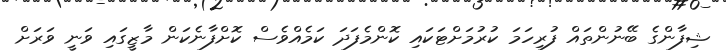
ޝިފާންގެ ބޭނުންތައް ފުރިހަމަ ކުރުމަށްޓަކައި ކޮންމެފަދަ ކަމެއްވެސް ކޮށްފާނެކަން މާޒީގައި ވަނީ ވަރަށް